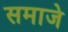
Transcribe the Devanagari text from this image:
समाजे